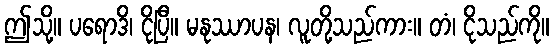
ဤသို့။ ပရောဒိ၊ ငိုပြီ။ မနုဿာပန၊ လူတို့သည်ကား။ တံ၊ ငိုသည်ကို။